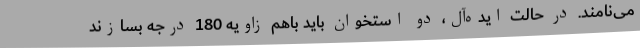
می‌نامند. در حالت ایده‌آل، دو استخوان باید باهم زاویه 180 درجه بسازند